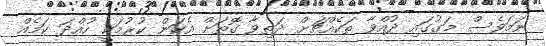
ނަމަވެސް މަގުގައި ދުއްވާ ތަކެއްޗަށް ދަތިވާ ގޮތަށް އެކަން ކުރުމަކީ ހުއްދަ ކަމެއް